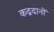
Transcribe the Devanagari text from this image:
कद्रदानों